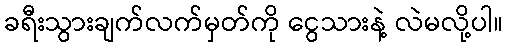
ခရီးသွားချက်လက်မှတ်ကို ငွေသားနဲ့ လဲမလို့ပါ။